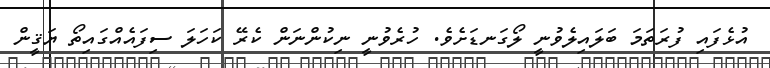
އުޅެފައި ފުރަތަމަ ބަލައިލެވުނީ ލޯގަނޑަށެވެ. ހުރެވުނީ ނިކުންނަން ކެރޭ ކަހަލަ ސިފައެއްގައިތޯ ޔަޤީން